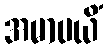
အမာပယိံ